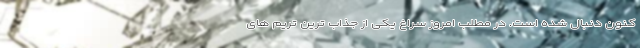
کنون دنبال شده است. در مطلب امروز سراغ یکی از جذاب ترین تریم های